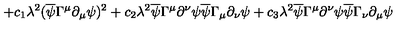
+ c _ { 1 } \lambda ^ { 2 } ( \overline { { \psi } } \Gamma ^ { \mu } \partial _ { \mu } \psi ) ^ { 2 } + c _ { 2 } \lambda ^ { 2 } \overline { { \psi } } \Gamma ^ { \mu } \partial ^ { \nu } \psi \overline { { \psi } } \Gamma _ { \mu } \partial _ { \nu } \psi + c _ { 3 } \lambda ^ { 2 } \overline { { \psi } } \Gamma ^ { \mu } \partial ^ { \nu } \psi \overline { { \psi } } \Gamma _ { \nu } \partial _ { \mu } \psi